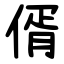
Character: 偦